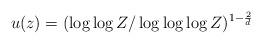
LaTeX: \begin{align*} u(z) = (\log \log Z / \log \log \log Z)^{1-{\frac{2}{d}}} \end{align*}